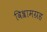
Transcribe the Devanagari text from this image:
विश्रामग्रह